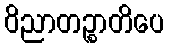
ဝိညာတဉ္စာတိပေ